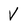
Character: V